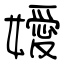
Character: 嬡